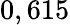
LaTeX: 0,615